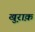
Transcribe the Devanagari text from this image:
खु़राक़